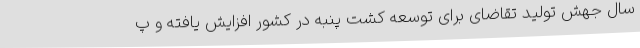
سال جهش تولید تقاضای برای توسعه کشت پنبه در کشور افزایش یافته و پ